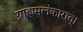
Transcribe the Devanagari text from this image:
ग्राह्ममलंकारात्।